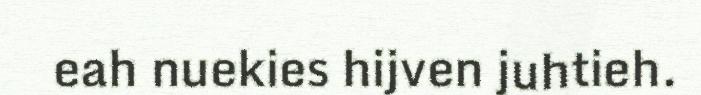
eah nuekies hijven juhtieh.